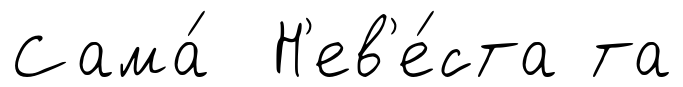
Сама́ Н'ев'е́ста та